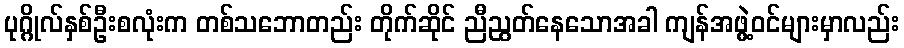
ပုဂ္ဂိုလ်နှစ်ဦးစလုံးက တစ်သဘောတည်း တိုက်ဆိုင် ညီညွတ်နေသောအခါ ကျန်အဖွဲ့ဝင်များမှာလည်း